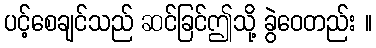
ပင့်စေချင်သည် ဆင်ခြင်ဤသို့ ခွဲဝေတည်း ။